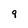
Character: 9